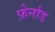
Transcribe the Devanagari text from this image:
फ़ेर्नाड